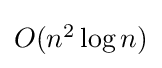
{\textstyle O(n^{2}\log n)}